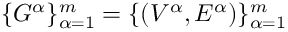
\{ G ^ { \alpha } \} _ { \alpha = 1 } ^ { m } = \{ ( V ^ { \alpha } , E ^ { \alpha } ) \} _ { \alpha = 1 } ^ { m }